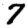
Digit: 7